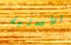
الأصلية